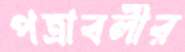
পত্রাবলীর